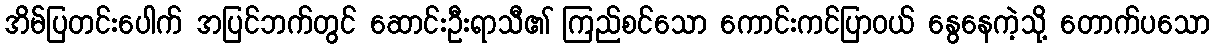
အိမ်ပြတင်းပေါက် အပြင်ဘက်တွင် ဆောင်းဦးရာသီ၏ ကြည်စင်သော ကောင်းကင်ပြာဝယ် နွေနေကဲ့သို့ တောက်ပသော